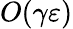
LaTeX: O(\gamma\varepsilon)